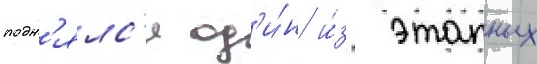
подн'ялс'я од'и́н и́з этапных